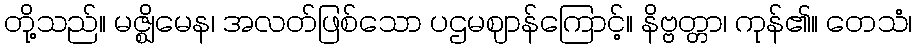
တို့သည်။ မဇ္ဈိမေန၊ အလတ်ဖြစ်သော ပဌမဈာန်ကြောင့်။ နိဗ္ဗတ္တာ၊ ကုန်၏။ တေသံ၊